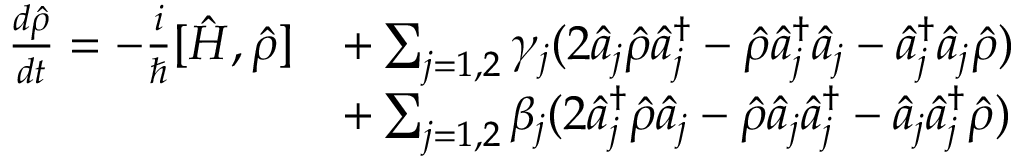
\begin{array} { r l } { \frac { d \hat { \rho } } { d t } = - \frac { i } { \hbar } [ \hat { H } , \hat { \rho } ] } & { + \sum _ { j = 1 , 2 } \gamma _ { j } ( 2 \hat { a } _ { j } \hat { \rho } \hat { a } _ { j } ^ { \dagger } - \hat { \rho } \hat { a } _ { j } ^ { \dagger } \hat { a } _ { j } - \hat { a } _ { j } ^ { \dagger } \hat { a } _ { j } \hat { \rho } ) } \\ & { + \sum _ { j = 1 , 2 } \beta _ { j } ( 2 \hat { a } _ { j } ^ { \dagger } \hat { \rho } \hat { a } _ { j } - \hat { \rho } \hat { a } _ { j } \hat { a } _ { j } ^ { \dagger } - \hat { a } _ { j } \hat { a } _ { j } ^ { \dagger } \hat { \rho } ) } \end{array}